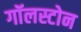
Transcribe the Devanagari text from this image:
गॉलस्टोन